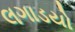
લગાડયો